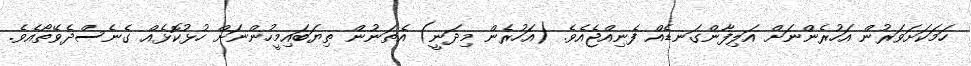
ހަމަކަށަވަރުން އަހުރެންނަށް އަލިފާންގަނޑެއް ފެނިއްޖެއެވެ. (އަހުރެން މިދަނީ) އެތަނުން ތިޔަބައިމީހުންނަށް ހުޅުކޮޅެއް ގެނެސްދެވޭތޯއެވެ.